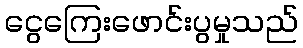
ငွေကြေးဖောင်းပွမှုသည်